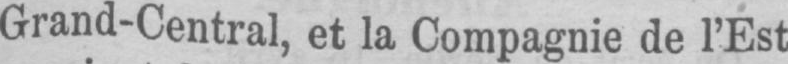
Grand-Central, et la Compagnie de l’Est